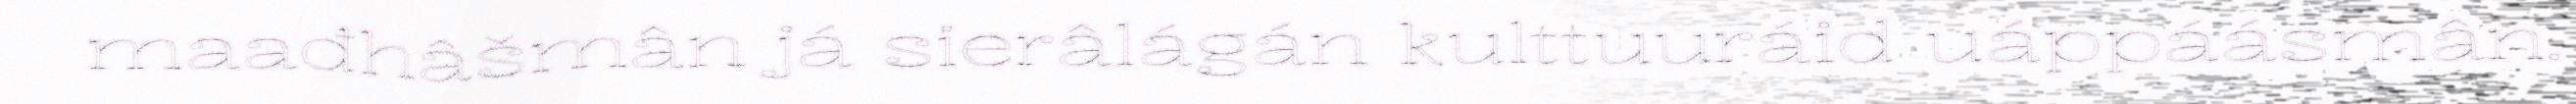
maađhâšmân já sierâlágán kulttuuráid uáppáásmân.